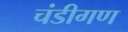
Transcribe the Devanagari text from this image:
चंडीगण